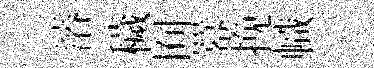
濬穢囿羃挽幟